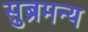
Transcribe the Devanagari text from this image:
सुब्रमन्य